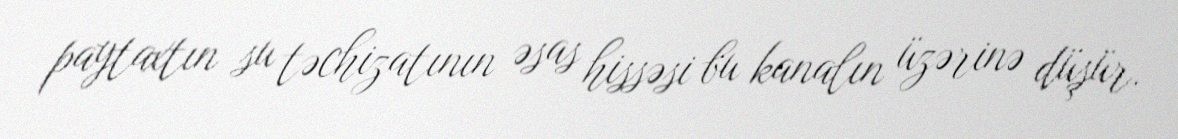
paytaxtın su təchizatının əsas hissəsi bu kanalın üzərinə düşür.